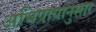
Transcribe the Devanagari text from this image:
अभिप्रायानुसार